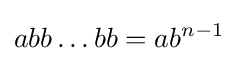
abb\dots bb=ab^{n-1}